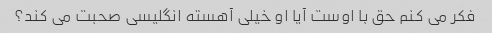
فکر می کنم حق با اوست آیا او خیلی آهسته انگلیسی صحبت می کند؟